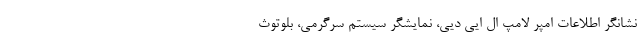
نشانگر اطلاعات امپر لامپ ال ایی دیی، نمایشگر سیستم سرگرمی، بلوتوث